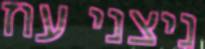
ניצני עוז